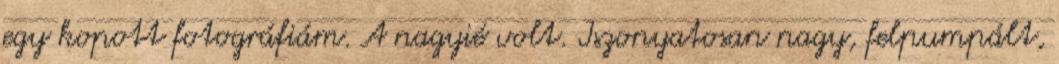
egy kopott fotográfiám. A nagyié volt. Iszonyatosan nagy, felpumpált,